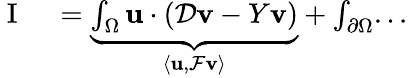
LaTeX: \begin{array}{rl}{\mathrm{~I~}}&{{}=\underbrace{\int_{\Omega}\mathbf{u}\cdot(\mathcal{D}\mathbf{v}-Y\mathbf{v})}_{\langle\mathbf{u},\mathcal{F}\mathbf{v}\rangle}+\int_{\partial\Omega}...}\end{array}